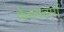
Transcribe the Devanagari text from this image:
केरलवर्मा